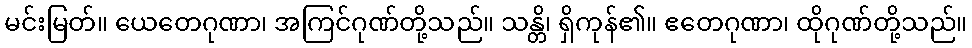
မင်းမြတ်။ ယေတေဂုဏာ၊ အကြင်ဂုဏ်တို့သည်။ သန္တိ၊ ရှိကုန်၏။ ဧတေဂုဏာ၊ ထိုဂုဏ်တို့သည်။